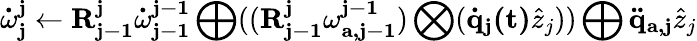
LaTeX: \mathbf{\dot{\omega}_{j}^{j}}\gets\mathbf{R_{j-1}^{j}}\mathbf{\dot{\omega}_{j-1}^{j-1}}\bigoplus((\mathbf{R_{j-1}^{j}}\mathbf{\omega_{a,j-1}^{j-1}})\bigotimes(\mathbf{\dot{q}_{j}(t)}\hat{z}_{j}))\bigoplus\mathbf{\ddot{q}_{a,j}}\hat{z}_{j}